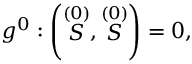
g ^ { 0 } : \left( \stackrel { ( 0 ) } { S } , \stackrel { ( 0 ) } { S } \right) = 0 ,